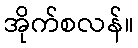
အိုက်စလန်။